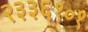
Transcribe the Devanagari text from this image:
२३३६१०१